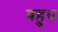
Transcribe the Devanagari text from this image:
बहुध